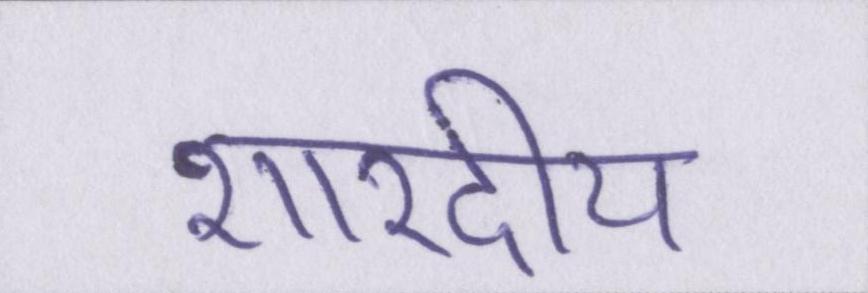
शारदीय